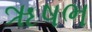
ૠષભ